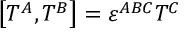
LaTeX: \left[ T ^ { A } , T ^ { B } \right] = \varepsilon ^ { A B C } T ^ { C } \, \,